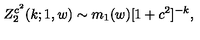
Z _ { 2 } ^ { c ^ { 2 } } ( k ; 1 , w ) \sim m _ { 1 } ( w ) [ 1 + c ^ { 2 } ] ^ { - k } ,